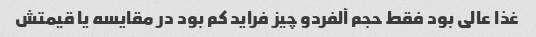
غذا عالی بود فقط حجم آلفردو چیز فراید کم بود در مقایسه یا قیمتش